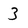
Character: 3